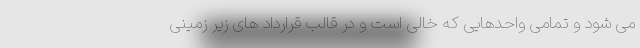
می شود و تمامی واحدهایی که خالی است و در قالب قرارداد های زیر زمینی